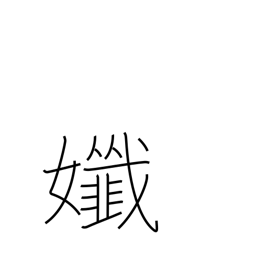
Meaning: delicate